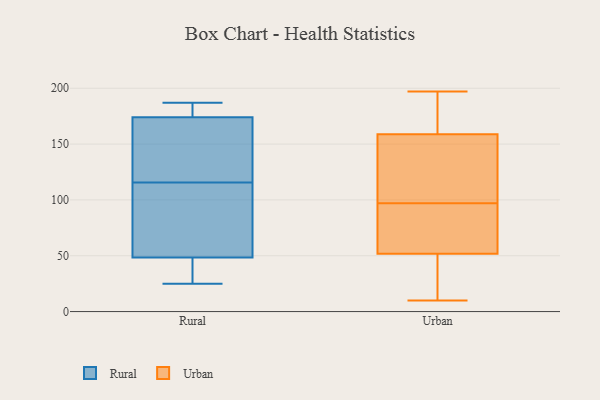
{"axis": {"x": "Active Users", "y": "Value"}, "legend": ["Rural", "Urban"], "data": [{"x": "", "y": 101, "type": "Rural"}, {"x": "", "y": 169, "type": "Rural"}, {"x": "", "y": 50, "type": "Rural"}, {"x": "", "y": 47, "type": "Rural"}, {"x": "", "y": 128, "type": "Rural"}, {"x": "", "y": 179, "type": "Rural"}, {"x": "", "y": 183, "type": "Rural"}, {"x": "", "y": 103, "type": "Rural"}, {"x": "", "y": 25, "type": "Rural"}, {"x": "", "y": 187, "type": "Rural"}, {"x": "", "y": 27, "type": "Rural"}, {"x": "", "y": 141, "type": "Rural"}, {"x": "", "y": 57, "type": "Urban"}, {"x": "", "y": 166, "type": "Urban"}, {"x": "", "y": 158, "type": "Urban"}, {"x": "", "y": 70, "type": "Urban"}, {"x": "", "y": 97, "type": "Urban"}, {"x": "", "y": 182, "type": "Urban"}, {"x": "", "y": 27, "type": "Urban"}, {"x": "", "y": 112, "type": "Urban"}, {"x": "", "y": 50, "type": "Urban"}, {"x": "", "y": 197, "type": "Urban"}, {"x": "", "y": 10, "type": "Urban"}, {"x": "", "y": 159, "type": "Urban"}, {"x": "", "y": 88, "type": "Urban"}, {"x": "", "y": 48, "type": "Urban"}, {"x": "", "y": 139, "type": "Urban"}]}